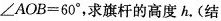
$$\angle AOB=60^{\circ}$$，求旗杆的高度h.(结